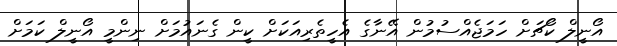
އޯނީލް ކޯޗަށް ހަމަޖެއްސުމުން އޭނާގެ އެހީތެރިއަކަށް ކީން ގެނައުމަށް ނިންމީ އޯނީލް ކަމަށް